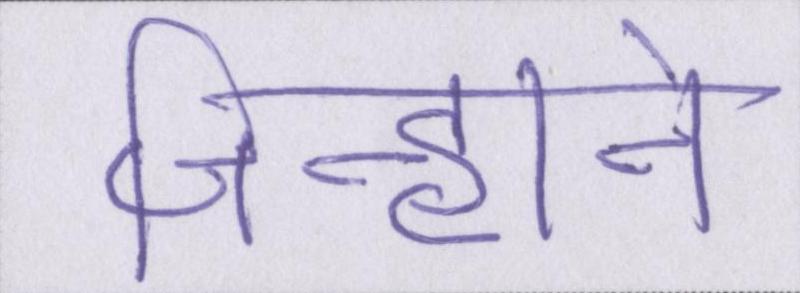
जिन्होने